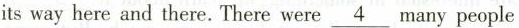
its way here and there.There were\underline{4}many people